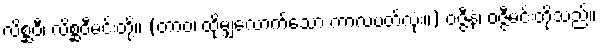
လိစ္ဆဝီ၊ လိစ္ဆဝီမင်းတို့။ (တာဝ၊ ထိုမျှလောက်သော ကာလပတ်လုံး။) ဝဇ္ဇီနံ၊ ဝဇ္ဇီမင်းတို့သည်။